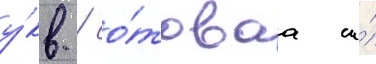
у́кв / со́товаа и́